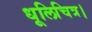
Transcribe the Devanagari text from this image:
धूलिचित्र।